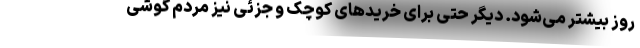
روز بیشتر می‌شود. دیگر حتی برای خریدهای کوچک و جزئی نیز مردم گوشی